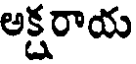
అక్షరాయ